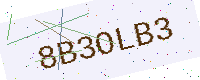
Text: 8B3OLB3